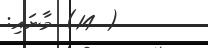
( 14) މާނައި: